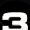
Digit: 3